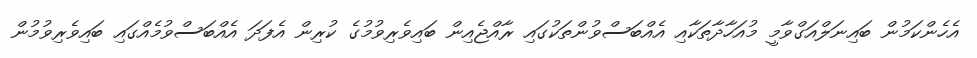
އެހެންކަމުން ބައިނަލްއަގްވާމީ މުއަހާދާތަކާއި އެއްބަސްވުންތަކުގައި ރާއްޖެއިން ބައިވެރިވުމުގެ ކުރިން އެފަދަ އެއްބަސްވުމެއްގައި ބައިވެރިވުމުން